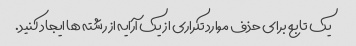
یک تابع برای حذف موارد تکراری از یک آرایه از رشته ها ایجاد کنید.